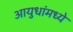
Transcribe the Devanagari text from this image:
आयुधांमध्ये